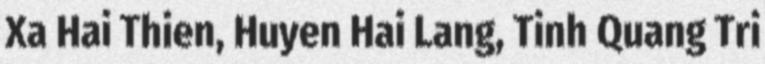
Xa Hai Thien, Huyen Hai Lang, Tinh Quang Tri